Statistical return of the lunatic asylum in Assam - 1912-1932
Year: 1912
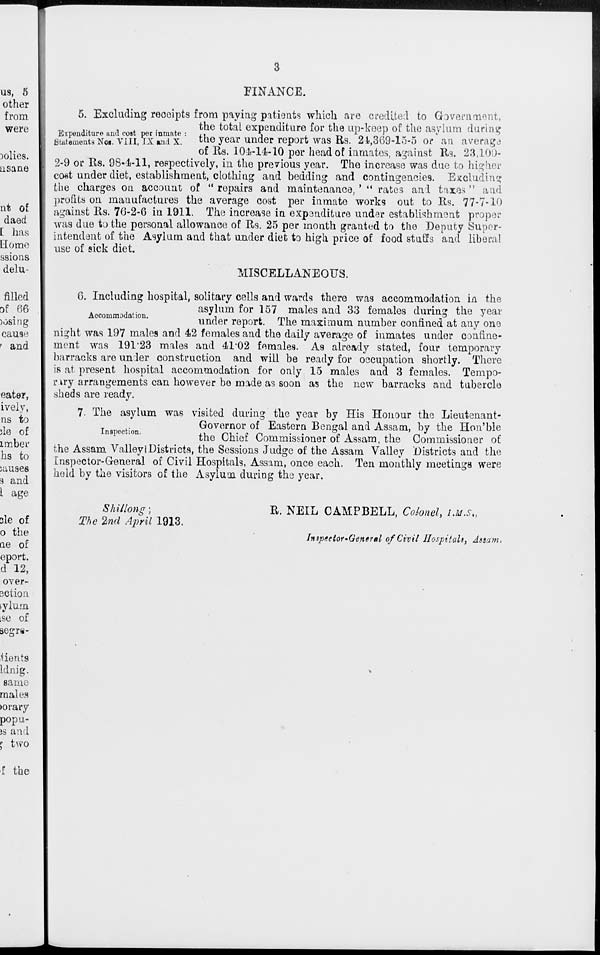
Expenditure and cost per inmate
Statements Noi. VIII, IX and X.
FINANCE.
5. Excluding recoipts from paying patients which are credited to Government,
the total expenditure for the up-keep of the asylum during
the year under report was Rs. 21,369-15-5 OP an average
of Rs. 10-1-14-10 per head of inmates, against Rs. 23,100-
2-9 or Rs. 98-4-11, respectively, in the previous year. The increase was due to higher
coat under diet, establishment, clothing and bedding and contingencies. Excluding
the charges on account of " repairs and maintenance, ' " rates and taxes' and
profits on manufactures the average cost per inmate works out to Rs. 77-7-10
against Rs. 76-2-6 in 1911. The increase in expenditure under establishment proper
was due to the personal allowance of Rs. 25 per month granted to the Deputy Super-
intendent of the Asylum and that under diet to high price of food stuffs and liberal
use of sick diet.
MISCELLANEOUS.
6. Including hospital, solitary cells and wards there was accommodation in the
, .
asylum for 157 males and 33 females during the year
Accommodation.
■ ,
L
m,
.
•.
n
--" ,
under report. The maximum number confined at any one
night was 197 males and 42 females and the daily average of inmates under confine-
ment was 191*23 males and 4102 females. As already stated, four temporary
barracks are under construction and will be ready for occupation shortly. There
is at present hospital accommodation for only 15 males and 3 females. Tempo-
rary arrangements can however be made as soon as the new barracks and tubercle
sheds are ready.
7. The asylum was visited during the year by His Honour the Lieutenant-
Governor of Eastern Bengal and Assam, by the Hon'ble
the Chief Commissioner of Assam, the Commissioner of
the Assam ValleyiDistricts, the Sessions Judge of the Assam Valley Districts and the
Inspector-General of Civil Hospitals, Assam, once each. Ten monthly meetings were
held by the visitors of the Asylum during the year.
Shi I long;
The 2nd April 1913.
R. NEIL CAMPBELL, Colonel, I.M.S.,
Inspector'General of Civil Hospitals, Assam,